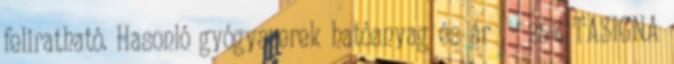
feliratható. Hasonló gyógyszerek hatóanyag és ár - 25% TASIGNA